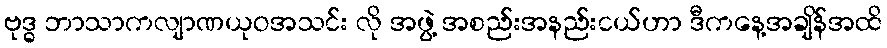
ဗုဒ္ဓ ဘာသာကလျာဏယုဝအသင်း လို အဖွဲ့ အစည်းအနည်းငယ်ဟာ ဒီကနေ့အချိန်အထိ